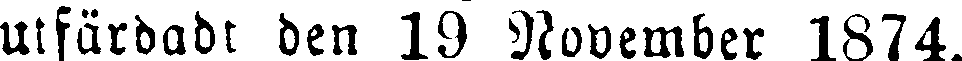
utfärdadt den 19 November 1874.